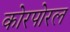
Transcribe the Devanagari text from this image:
कोरपोरल